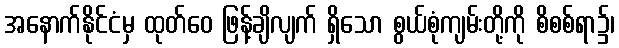
အနောက်နိုင်ငံမှ ထုတ်ဝေ ဖြန့်ချိလျက် ရှိသော စွယ်စုံကျမ်းတို့ကို စိစစ်ရာ၌၊